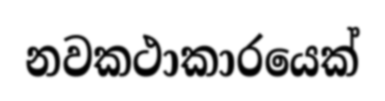
නවකථාකාරයෙක්